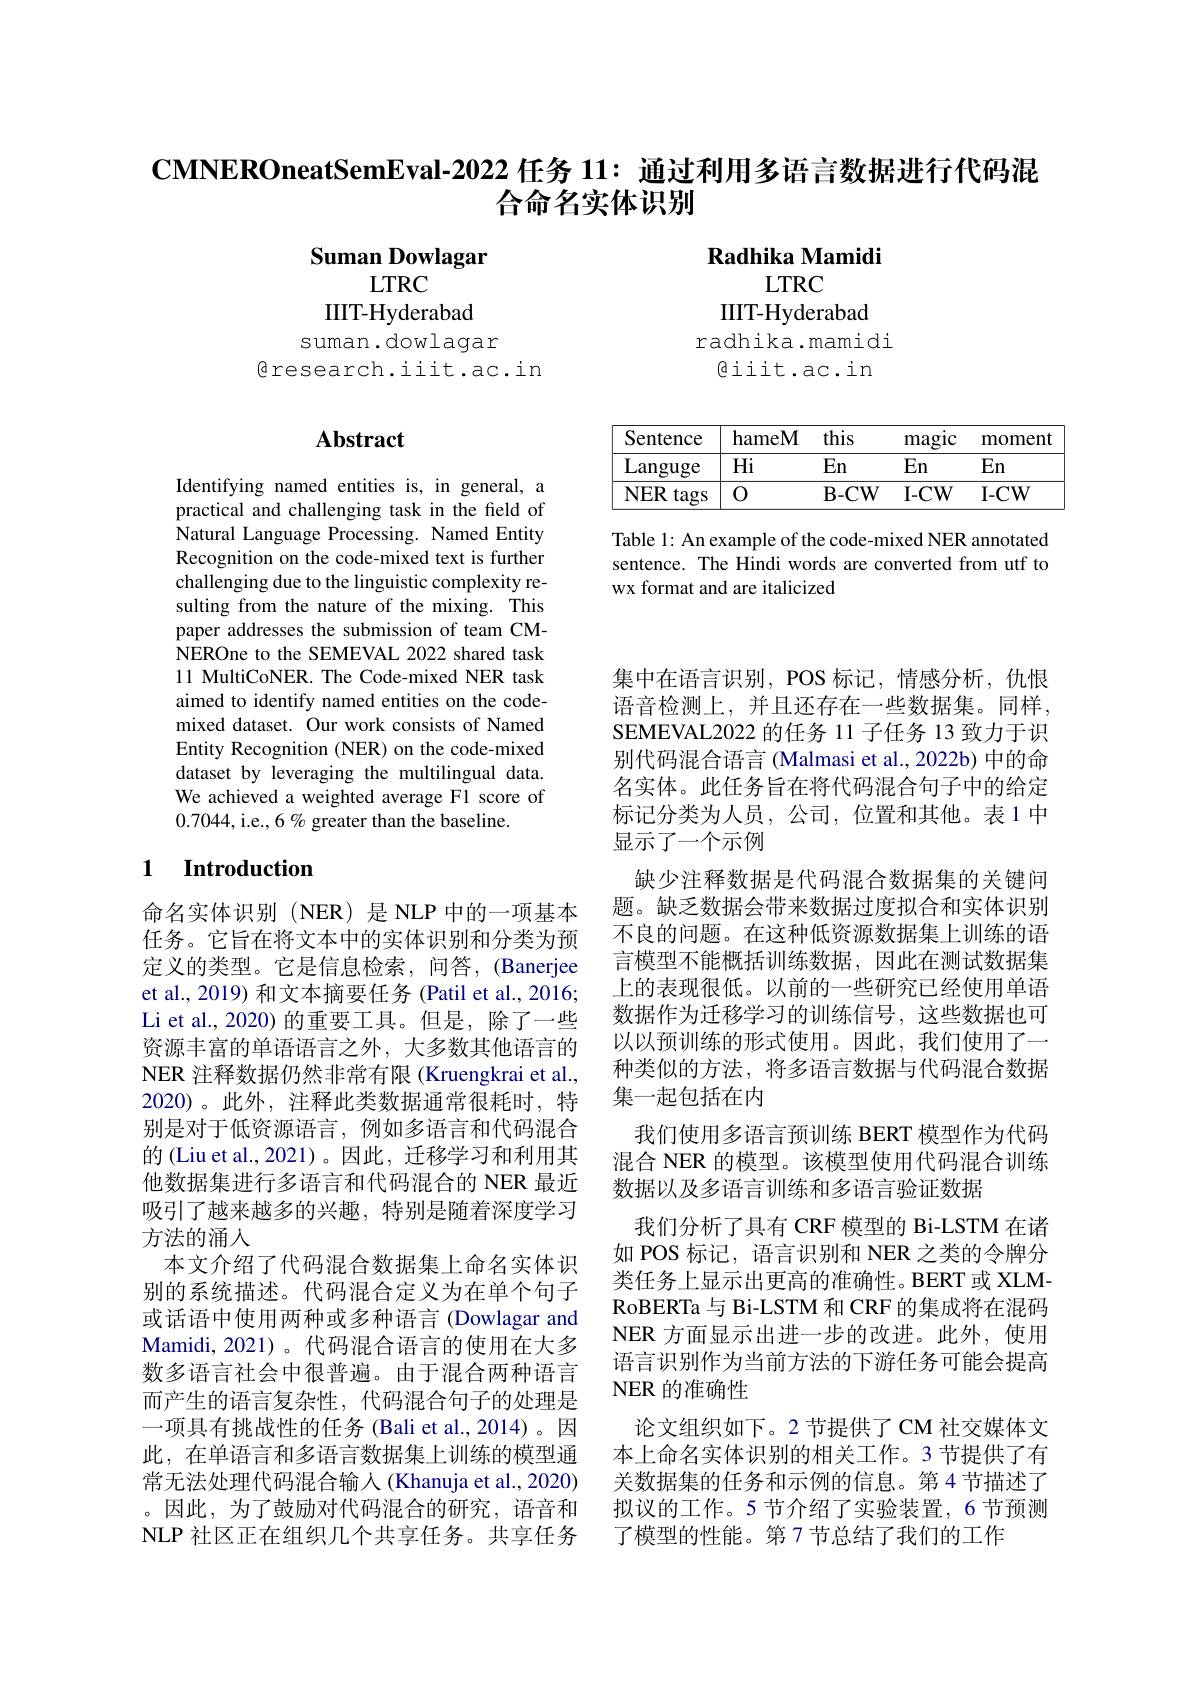
$\textbf{CMNEROneatSemEval- 2022 任 务 11: 通 过 利 用 多 语 言 数 据 进 行 代 码 混 }$
# 合命名实体识别

Suman Dowlagar
LTRC
IIIT-Hyderabad
suman.dowlagar

$\mathbf{RadhikaMamidi}$
LTRC
IIIT-Hyderabad
radhika.mamidi
giit.ac.in

$\textcircled{\mathrm{research.iit.ac.in}}$

## $\mathbf{Abstract}$

<table>
	<tbody>
		<tr>
			<th>Sentence</th>
			<th>hameM</th>
			<th>this</th>
			<th>magic</th>
			<th>moment</th>
		</tr>
		<tr>
			<td>Languge</td>
			<td>$Hi$</td>
			<td>En</td>
			<td>En</td>
			<td>En</td>
		</tr>
		<tr>
			<td>$NER$ tags</td>
			<td>0</td>
			<td>$\mathbf{B-CW}$</td>
			<td>$I-CW$</td>
			<td>$I-CW$</td>
		</tr>
	</tbody>
</table>

Table 1: An example of the code-mixed NER annotated sentence. The Hindi words are converted from utf to wx format and are italicized

Identifying named entities is, in general, a practical and challenging task in the field of Natural Language Processing. Named Entity Recognition on the code-mixed text is further challenging due to the linguistic complexity resulting from the nature of the mixing. This paper addresses the submission of team CMNEROne to the SEMEVAL 2022 shared task 11 MultiCoNER. The Code-mixed NER task aimed to identify named entities on the codemixed dataset. Our work consists of Named Entity Recognition (NER) on the code-mixed dataset by leveraging the multilingual data. We achieved a weighted average F1 score of 0.7044,i.e.,6 % greater than the baseline.

## 1 Introduction

集中在语言识别，POS 标记，情感分析，仇恨语音检测上，并且还存在一些数据集。同样， SEMEVAL2022 的任务 11 子任务 13 致力于识别代码混合语言 (Malmasi et al.,2022b) 中的命名实体。此任务旨在将代码混合句子中的给定标记分类为人员，公司，位置和其他。表 1 中显示了一个示例
缺少注释数据是代码混合数据集的关键问题。缺乏数据会带来数据过度拟合和实体识别不良的问题。在这种低资源数据集上训练的语言模型不能概括训练数据，因此在测试数据集上的表现很低。以前的一些研究已经使用单语数据作为迁移学习的训练信号，这些数据也可以以预训练的形式使用。因此，我们使用了一种类似的方法，将多语言数据与代码混合数据集一起包括在内
我们使用多语言预训练 BERT 模型作为代码混合 NER 的模型。该模型使用代码混合训练数据以及多语言训练和多语言验证数据
我们分析了具有 CRF 模型的 Bi-LSTM 在诸如 POS 标记，语言识别和 NER 之类的令牌分类任务上显示出更高的准确性。BERT 或 XLMRoBERTa 与 Bi-LSTM 和 CRF 的集成将在混码NER 方面显示出进一步的改进。此外，使用语言识别作为当前方法的下游任务可能会提高NER 的准确性
论文组织如下。2 节提供了 CM 社交媒体文本上命名实体识别的相关工作。3节提供了有关数据集的任务和示例的信息。第4节描述了拟议的工作。5 节介绍了实验装置，6 节预测了模型的性能。第7节总结了我们的工作

命名实体识别(NER)是 NLP 中的一项基本任务。它旨在将文本中的实体识别和分类为预定义的类型。它是信息检索，问答，(Banerjee et al., 2019) 和文本摘要任务 (Patil et al., 2016; Li et al., 2020) 的重要工具。但是，除了一些资源丰富的单语语言之外，大多数其他语言的NER 注释数据仍然非常有限 (Kruengkrai et al., 2020)。此外，注释此类数据通常很耗时，特别是对于低资源语言，例如多语言和代码混合的(Liu et al., 2021)。因此，迁移学习和利用其他数据集进行多语言和代码混合的 NER 最近吸引了越来越多的兴趣，特别是随着深度学习方法的涌人
本文介绍了代码混合数据集上命名实体识别的系统描述。代码混合定义为在单个句子或话语中使用两种或多种语言 (Dowlagar and Mamidi, 2021)。代码混合语言的使用在大多数多语言社会中很普遍。由于混合两种语言而产生的语言复杂性，代码混合句子的处理是一项具有挑战性的任务 (Bali et al.,2014)。因此，在单语言和多语言数据集上训练的模型通常无法处理代码混合输入(Khanuja et al., 2020) 。因此，为了鼓励对代码混合的研究，语音和NLP 社区正在组织几个共享任务。共享任务